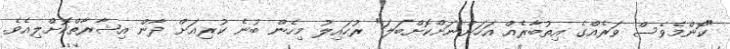
"ކޮންމެވެސް ވަރެއްގެ އިތުބާރެއް އަހަންނަށްކޮށްބަލަ" ރުހައިލު މިހެން ބުނެ ކުރިއަށް ދާން އިޝާރާތްކޮށްލިއެވެ.